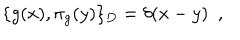
\{ g ( x ) , \pi _ { g } ( y ) \} _ { D } = \delta ( x - y ) \, \, \, ,